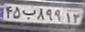
۴۵ب۸۹۹۱۳